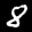
Label: 8